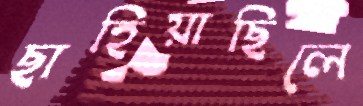
ছাহিয়াছিলে